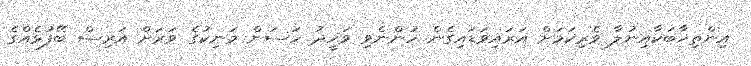
އިންތިޚާބަކާއިނުލާ ވެރިކަމަށް އަރައިވަޑައިގެން ހުންނެވި ވަހީދު ހަސަން މަނިކުގެ ވަރަށް އަރިސް ބޭފުޅެއްގެ